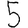
Digit: 5